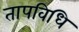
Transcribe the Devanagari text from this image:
तापविधि